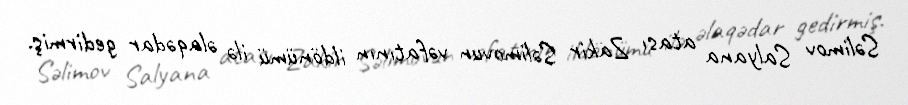
Səlimov Salyana atası Zakir Səlimovun vəfatının ildönümü ilə əlaqədar gedirmiş.